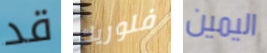
قد فلوريك اليمين